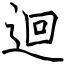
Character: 迴